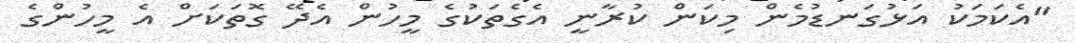
"އެކަމަކު އަޅުގަނޑުމެން މިކަން ކުރާނީ އެގެތަކުގެ މީހުން އެދޭ ގޮތަކަށް އެ މީހުންގެ